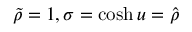
\widetilde { \rho } = 1 , \sigma = \cosh u = \widehat { \rho }